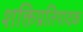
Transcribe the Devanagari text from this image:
शक्तिप्रतिपादक